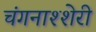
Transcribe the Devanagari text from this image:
चंगनाश्शेरी